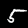
Digit: 5